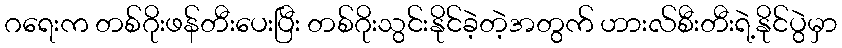
ဂရေးက တစ်ဂိုးဖန်တီးပေးပြီး တစ်ဂိုးသွင်းနိုင်ခဲ့တဲ့အတွက် ဟားလ်စီးတီးရဲ့နိုင်ပွဲမှာ